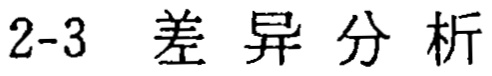
2-3 差异分析